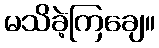
မသိခဲ့ကြချေ။